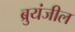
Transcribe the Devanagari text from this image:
ब्रुयंजील